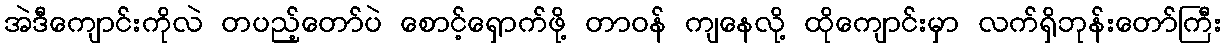
အဲဒီကျောင်းကိုလဲ တပည့်တော်ပဲ စောင့်ရှောက်ဖို့ တာဝန် ကျနေလို့ ထိုကျောင်းမှာ လက်ရှိဘုန်းတော်ကြီး